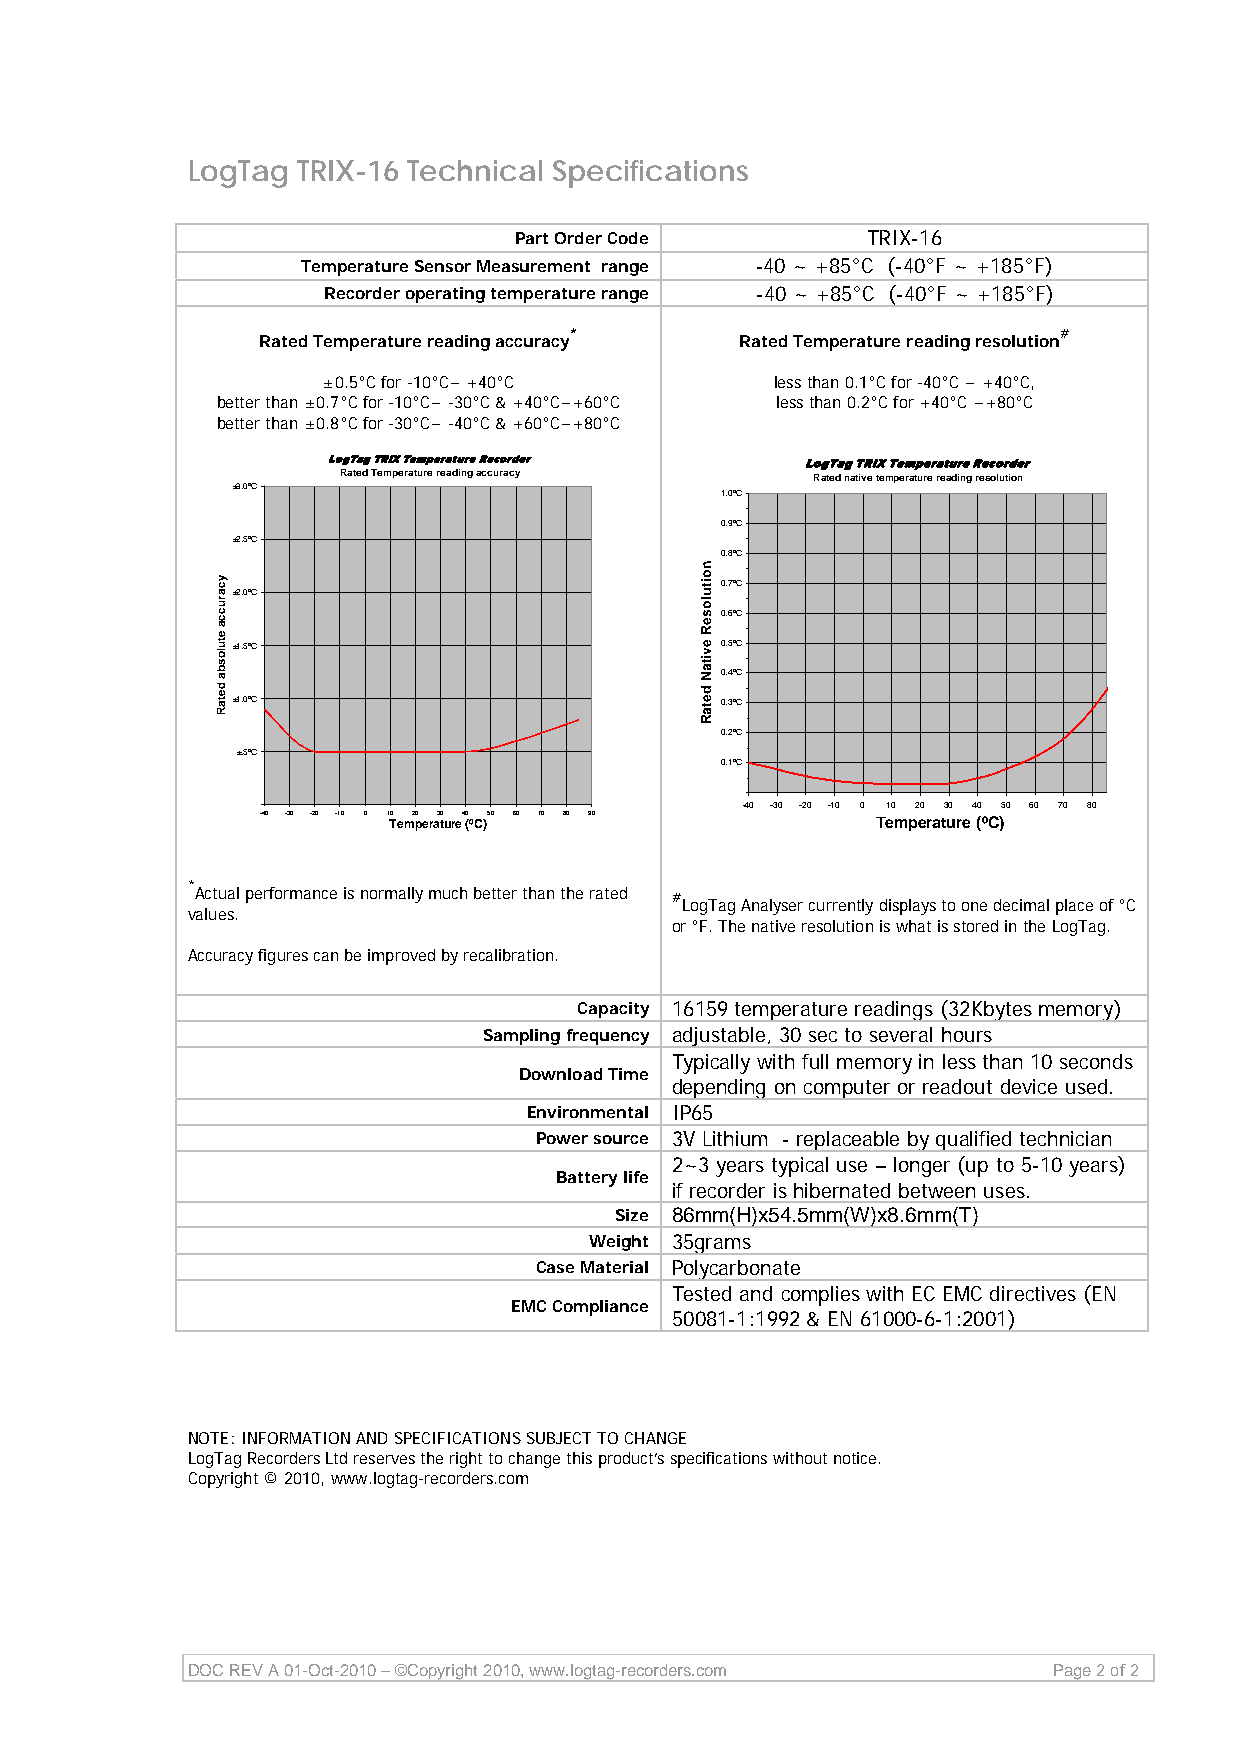
LogTag  TRIX-16 Technical Specifications
 Part Order Code        TRIX-16
 Temperature Sensor Measurement range -40 ~ +85°C (-40°F ~ +185°F)
 Recorder operating temperature range -40 ~ +85°C (-40°F ~ +185°F)
 *                               #
 Rated Temperature reading accuracy Rated Temperature reading resolution
 ±0.5°C for -10°C~ +40°C       less than 0.1°C for -40°C ~ +40°C,
 better than ±0.7°C for -10°C~ -30°C & +40°C~+60°C less than 0.2°C for +40°C ~+80°C
 better than ±0.8°C for -30°C~ -40°C & +60°C~+80°C
 LogTag TRIX Temperature Recorder LogTag TRIX Temperature Recorder
 Rated Temperature reading accuracy Rated native temperature reading resolution
 ±3.0ºC
 1.0ºC
 0.9ºC
 ±2.5ºC
 0.8ºC
 0.7ºC
 ±2.0ºC
 0.6ºC
 ±1.5ºC                           0.5ºC
 0.4ºC
 ±1.0ºC                           0.3ºC
 0.2ºC
 ±.5ºC
 0.1ºC
 -40 -30 -20 -10 0 10 20 30 40 50 60 70 80
 -40 -30 -20 -10 0 1 T0 em2 p0 era3 t0 ure4 0 (ºC)50 60 70 80 90 Temperature (ºC)
 *
 Actual performance is normally much better than the rated #
 LogTag Analyser currently displays to one decimal place of °C
 values.
 or °F. The native resolution is what is stored in the LogTag.
 Accuracy figures can be improved by recalibration.
 Capacity 16159 temperature readings (32Kbytes memory)
 Sampling frequency adjustable, 30 sec to several hours
 Typically with full memory in less than 10 seconds
 Download Time
 depending on computer or readout device used.
 Environmental IP65
 Power source 3V Lithium - replaceable by qualified technician
 2~3 years typical use – longer (up to 5-10 years)
 Battery life
 if recorder is hibernated between uses.
 Size 86mm(H)x54.5mm(W)x8.6mm(T)
 Weight 35grams
 Case Material Polycarbonate
 Tested and complies with EC EMC directives (EN
 EMC Compliance
 50081-1:1992 & EN 61000-6-1:2001)
 NOTE: INFORMATION AND SPECIFICATIONS SUBJECT TO CHANGE
 LogTag Recorders Ltd reserves the right to change this product’s specifications without notice.
 Copyright © 2010, www.logtag-recorders.com
 DOC REV A 01-Oct-2010 – ©Copyright 2010, www.logtag-recorders.com Page 2 of 2
 ycarucca
 etulosba
 detaR
 noituloseR
 evitaN
 detaR